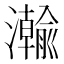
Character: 𬉦